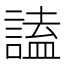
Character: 𧪞